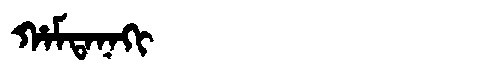
Manchu: ᡥᠠᠮᡨᠠᠨᠠᡴᡳ
Romanization: HAMTANAKI